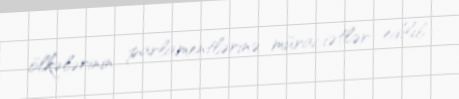
ölkələrinin parlamentlərinə müraciətlər edilib.